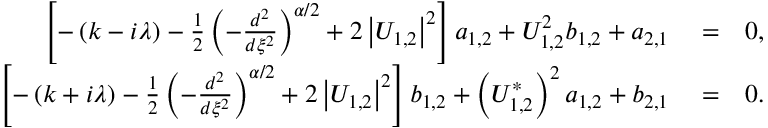
\begin{array} { r l r } { \left[ - \left( k - i \lambda \right) - \frac { 1 } { 2 } \left( - \frac { d ^ { 2 } } { d \xi ^ { 2 } } \right) ^ { \alpha / 2 } + 2 \left\vert U _ { 1 , 2 } \right\vert ^ { 2 } \right] a _ { 1 , 2 } + U _ { 1 , 2 } ^ { 2 } b _ { 1 , 2 } + a _ { 2 , 1 } } & { { } = } & { 0 , } \\ { \left[ - \left( k + i \lambda \right) - \frac { 1 } { 2 } \left( - \frac { d ^ { 2 } } { d \xi ^ { 2 } } \right) ^ { \alpha / 2 } + 2 \left\vert U _ { 1 , 2 } \right\vert ^ { 2 } \right] b _ { 1 , 2 } + \left( U _ { 1 , 2 } ^ { \ast } \right) ^ { 2 } a _ { 1 , 2 } + b _ { 2 , 1 } } & { { } = } & { 0 . } \end{array}